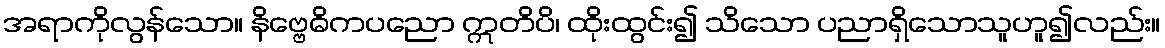
အရာကိုလွန်သော။ နိဗ္ဗေဓိကပညော ဣတိပိ၊ ထိုးထွင်း၍ သိသော ပညာရှိသောသူဟူ၍လည်း။